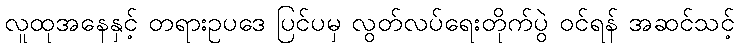
လူထုအနေနှင့် တရားဥပဒေ ပြင်ပမှ လွတ်လပ်ရေးတိုက်ပွဲ ဝင်ရန် အဆင်သင့်